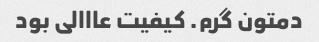
دمتون گرم. کیفیت عااالی بود